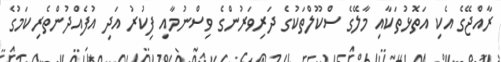
ރާއްޖޭގެ އެކި އަތޮޅުތަކާއި މާލޭގެ ސްކޫލްތަކުގެ ދަރިވަރުންގެ ވިސްނުމާއި ފިކުރު އަދި އުފެއްދުންތެރިކަމުގެ